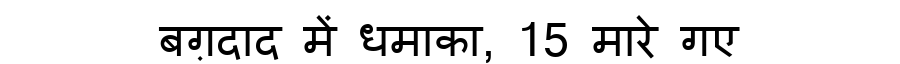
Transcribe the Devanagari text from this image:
बग़दाद में धमाका, 15 मारे गए